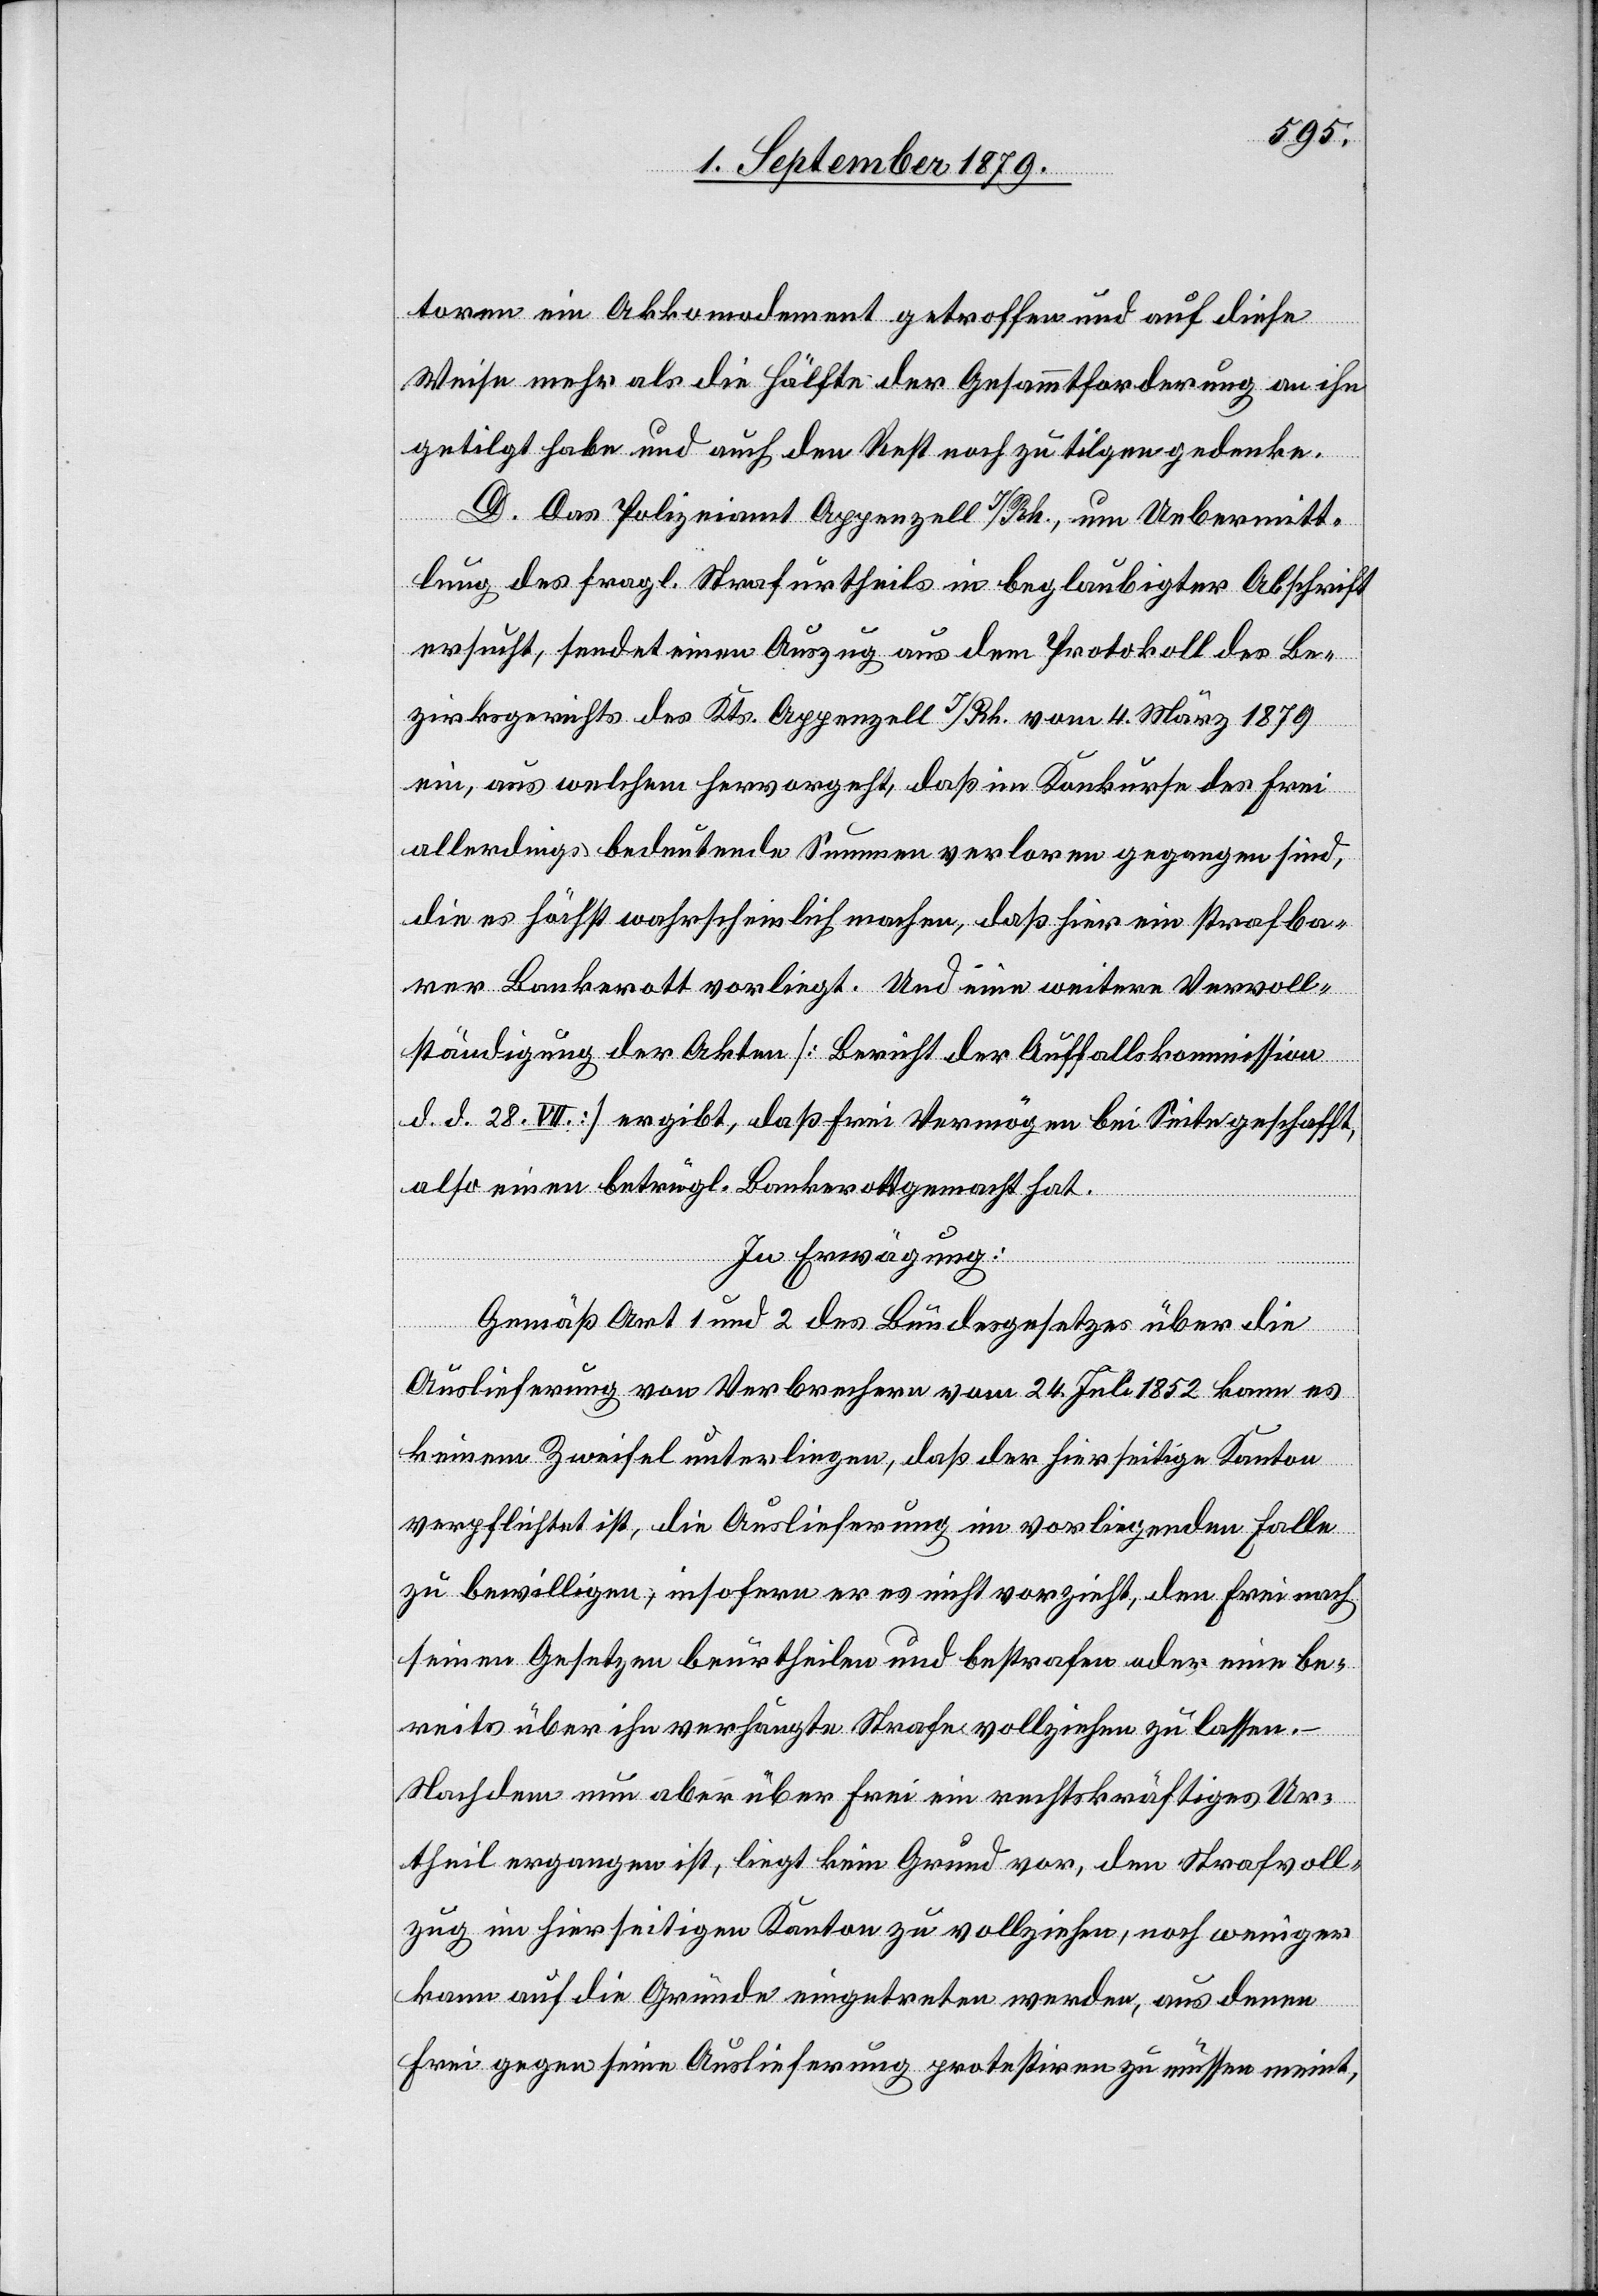
toren ein Akkomodement getroffen und auf diese
Weise mehr als die Hälfte der Gesammtforderung an ihn
getilgt habe und auch den Rest noch zu tilgen gedenke.
D. Das Polizeiamt Appenzell I/Rh., um Uebermitt¬
lung des fragl. Strafurtheils in beglaubigter Abschrift
ersucht, sendet einen Auszug aus dem Protokoll des Be¬
zirksgerichts des Kts. Appenzell I/Rh. vom 4. März 1879
ein, aus welchem hervorgeht, daß im Konkurse des Frei
allerdings bedeutende Summen verloren gegangen sind,
die es höchst wahrscheinlich machen, daß hier ein strafba¬
rer Bankerott vorliegt. Und eine weitere Vervoll¬
ständigung der Akten [Bericht der Auffallskommission
d. d. 28. VII.] ergibt, daß Frei Vermögen bei Seite geschafft,
also einen betrügl. Bankerott gemacht hat.
In Erwägung:
Gemäß Art. 1 und 2 des Bundesgesetzes über die
Auslieferung von Verbrechern vom 24. Juli 1852 kann es
keinem Zweifel unterliegen, daß der hierseitige Kanton
verpflichtet ist, die Auslieferung im vorliegenden Falle
zu bewilligen, insofern er es nicht vorzieht, den Frei nach
seinen Gesetzen beurtheilen und bestrafen oder eine be¬
reits über ihn verhängte Strafe vollziehen zu lassen.
Nachdem nun aber über Frei ein rechtskräftiges Ur¬
theil ergangen ist, liegt kein Grund vor, den Strafvoll¬
zug im hierseitigen Kanton zu vollziehen, noch weniger
kann auf die Gründe eingetreten werden, aus denen
Frei gegen seine Auslieferung protestiren zu müssen meint,